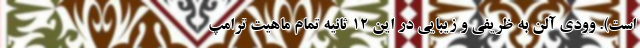
است). وودی آلن به ظریفی و زیبایی در این 12 ثانیه تمام ماهیت ترامپ